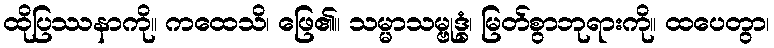
ထိုပြဿနာကို။ ကထေသိ၊ ဖြေ၏။ သမ္မာသမ္ဗုဒ္ဓံ၊ မြတ်စွာဘုရားကို။ ထပေတွာ၊